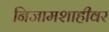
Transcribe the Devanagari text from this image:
निजामशाहीवर